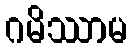
ဂမိဿာမ